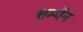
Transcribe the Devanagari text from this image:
शम्पैन